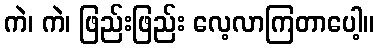
ကဲ၊ ကဲ၊ ဖြည်းဖြည်း လေ့လာကြတာပေါ့။